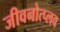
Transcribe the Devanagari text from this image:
जीवनोत्प्लव